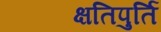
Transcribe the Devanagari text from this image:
क्षतिपुर्ति